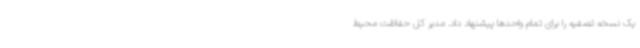
یک نسخه تصفیه را برای تمام واحدها پیشنهاد داد. مدیر کل حفاظت محیط